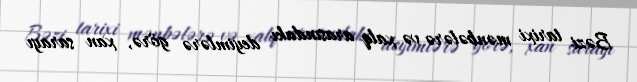
Bəzi tarixi mənbələrə və xalq arasındakı deyimlərə görə, xan sarayı